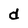
Character: d